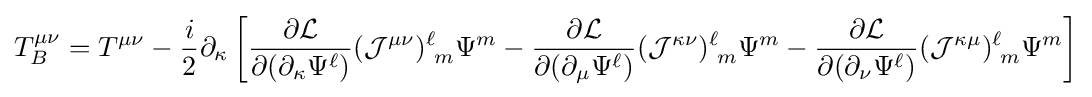
T_{B}^{\mu \nu }=T^{\mu \nu }-{\frac {i}{2}}\partial _{\kappa }\left[{\frac {\partial {\mathcal {L}}}{\partial (\partial _{\kappa }\Psi ^{\ell })}}({\mathcal {J}}^{\mu \nu })_{\,\,m}^{\ell }\Psi ^{m}-{\frac {\partial {\mathcal {L}}}{\partial (\partial _{\mu }\Psi ^{\ell })}}({\mathcal {J}}^{\kappa \nu })_{\,\,m}^{\ell }\Psi ^{m}-{\frac {\partial {\mathcal {L}}}{\partial (\partial _{\nu }\Psi ^{\ell })}}({\mathcal {J}}^{\kappa \mu })_{\,\,m}^{\ell }\Psi ^{m}\right]